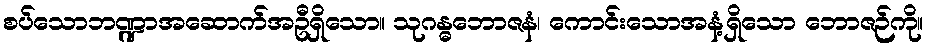
စပ်သောဘဏ္ဍာအဆောက်အဦရှိသော။ သုဂန္ဓဘောဇနံ၊ ကောင်းသောအနံ့ရှိသော ဘောဇဉ်ကို။